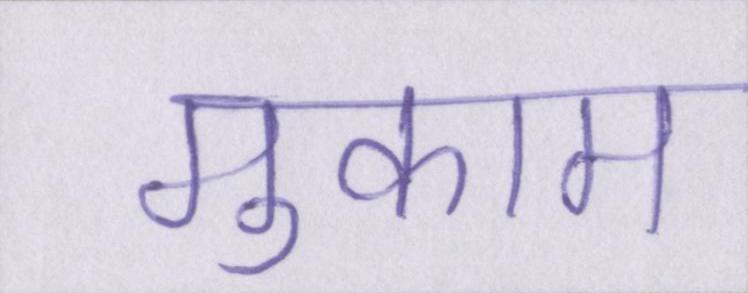
मुकाम